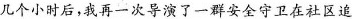
几个小时后，我再一次导演了一群安全守卫在社区追